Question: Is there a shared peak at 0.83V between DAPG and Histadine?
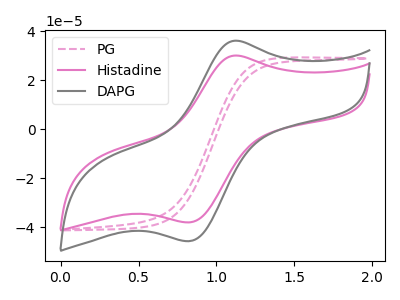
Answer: <think>The pink dashed curve "PG" has no peaks. The pink curve "Histadine" has an anodic peak at (1.15V, 30.00uA) and a cathodic peak at (0.85V, -38.00uA). The gray curve "DAPG" has an anodic peak at (1.15V, 36.05uA) and a cathodic peak at (0.85V, -45.65uA).</think>
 <answer>Yes, "DAPG" and "Histadine" share a peak at 0.83V.</answer>
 <eval>match</eval>